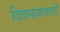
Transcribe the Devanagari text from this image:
दिवसाबाबतही